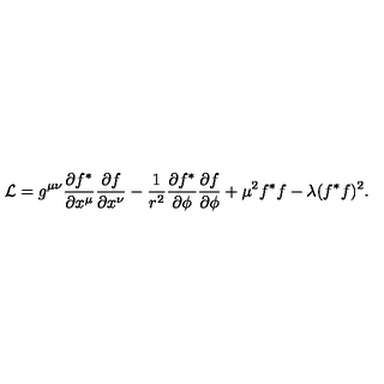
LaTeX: { \cal L } = g ^ { \mu \nu } \frac { \partial f ^ { * } } { \partial x ^ { \mu } } \frac { \partial f } { \partial x ^ { \nu } } - \frac { 1 } { r ^ { 2 } } \frac { \partial f ^ { * } } { \partial \phi } \frac { \partial f } { \partial \phi } + \mu ^ { 2 } f ^ { * } f - \lambda ( f ^ { * } f ) ^ { 2 } .